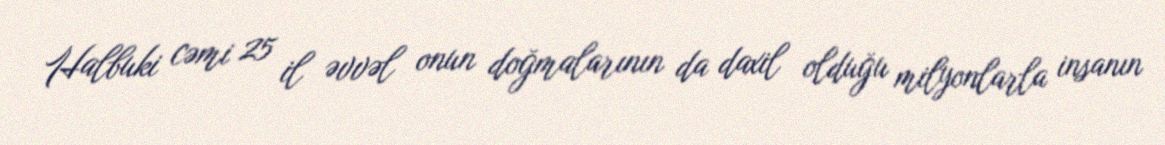
Halbuki cəmi 25 il əvvəl onun doğmalarının da daxil olduğu milyonlarla insanın